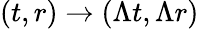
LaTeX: (t,r)\rightarrow(\Lambda t,\Lambda r)